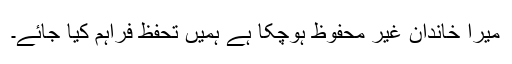
میرا خاندان غیر محفوظ ہوچکا ہے ہمیں تحفظ فراہم کیا جائے۔